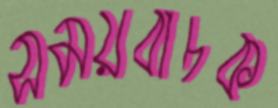
সময়বাচক